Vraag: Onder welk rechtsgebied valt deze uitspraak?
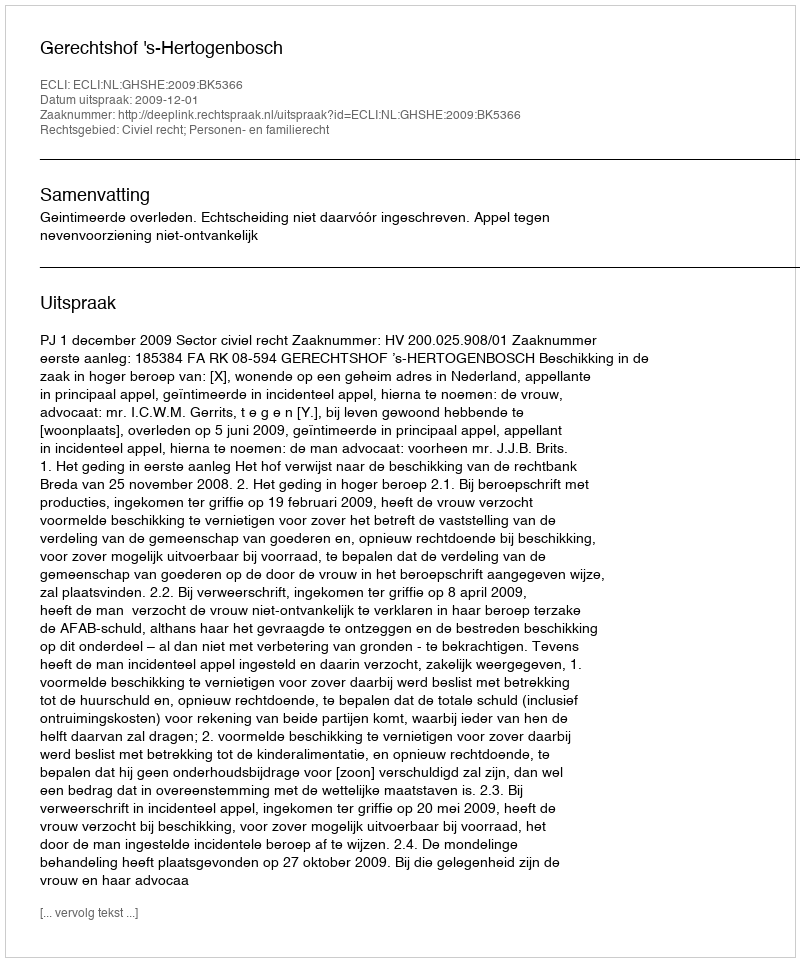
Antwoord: Civiel recht; Personen- en familierecht